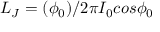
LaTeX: L _ { J } = ( \phi _ { 0 } ) / 2 \pi I _ { 0 } c o s \phi _ { 0 }